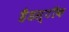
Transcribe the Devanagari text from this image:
हैडस्टॉक